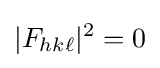
|F_{hk\ell }|^{2}=0